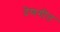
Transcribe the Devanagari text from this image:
देणगीत